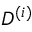
D ^ { ( i ) }